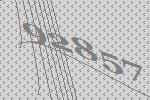
92857